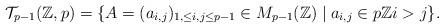
LaTeX: \begin{align*}\mathcal{T}_{p-1}(\mathbb{Z},p) = \{A=(a_{i,j})_{1,\leq i,j \leq p-1} \in M_{p-1}(\mathbb{Z}) \mid a_{i,j} \in p\mathbb{Z} i>j \}.\end{align*}